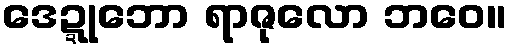
ဒေဍ္ဍုဘော ရာဇုလော ဘဝေ။